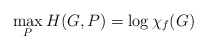
\begin{align*}\max_P H(G,P) = \log\chi_f(G)\end{align*}